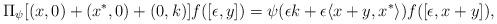
LaTeX: \begin{align*}\Pi_{\psi}[(x,0)+(x^{\ast},0)+(0,k)]f([\epsilon,y])=\psi(\epsilon k+\epsilon \langle x+ y,x^{\ast}\rangle) f([\epsilon, x+y]),\end{align*}